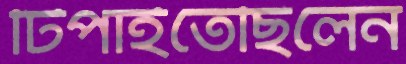
টিপাইতেছিলেন